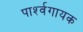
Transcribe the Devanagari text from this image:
पार्श्‍वगायक